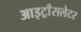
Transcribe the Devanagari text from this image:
आइट्राँसलेटर